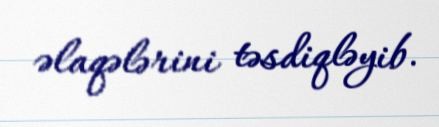
əlaqələrini təsdiqləyib.